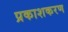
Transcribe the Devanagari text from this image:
प्रकाशकरण